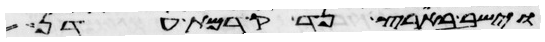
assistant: וישב בארץ נד קדמת עדן